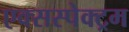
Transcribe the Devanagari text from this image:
एक्सस्पेक्ट्रम